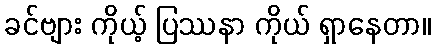
ခင်ဗျား ကိုယ့် ပြဿနာ ကိုယ် ရှာနေတာ။